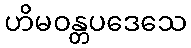
ဟိမဝန္တပဒေသေ